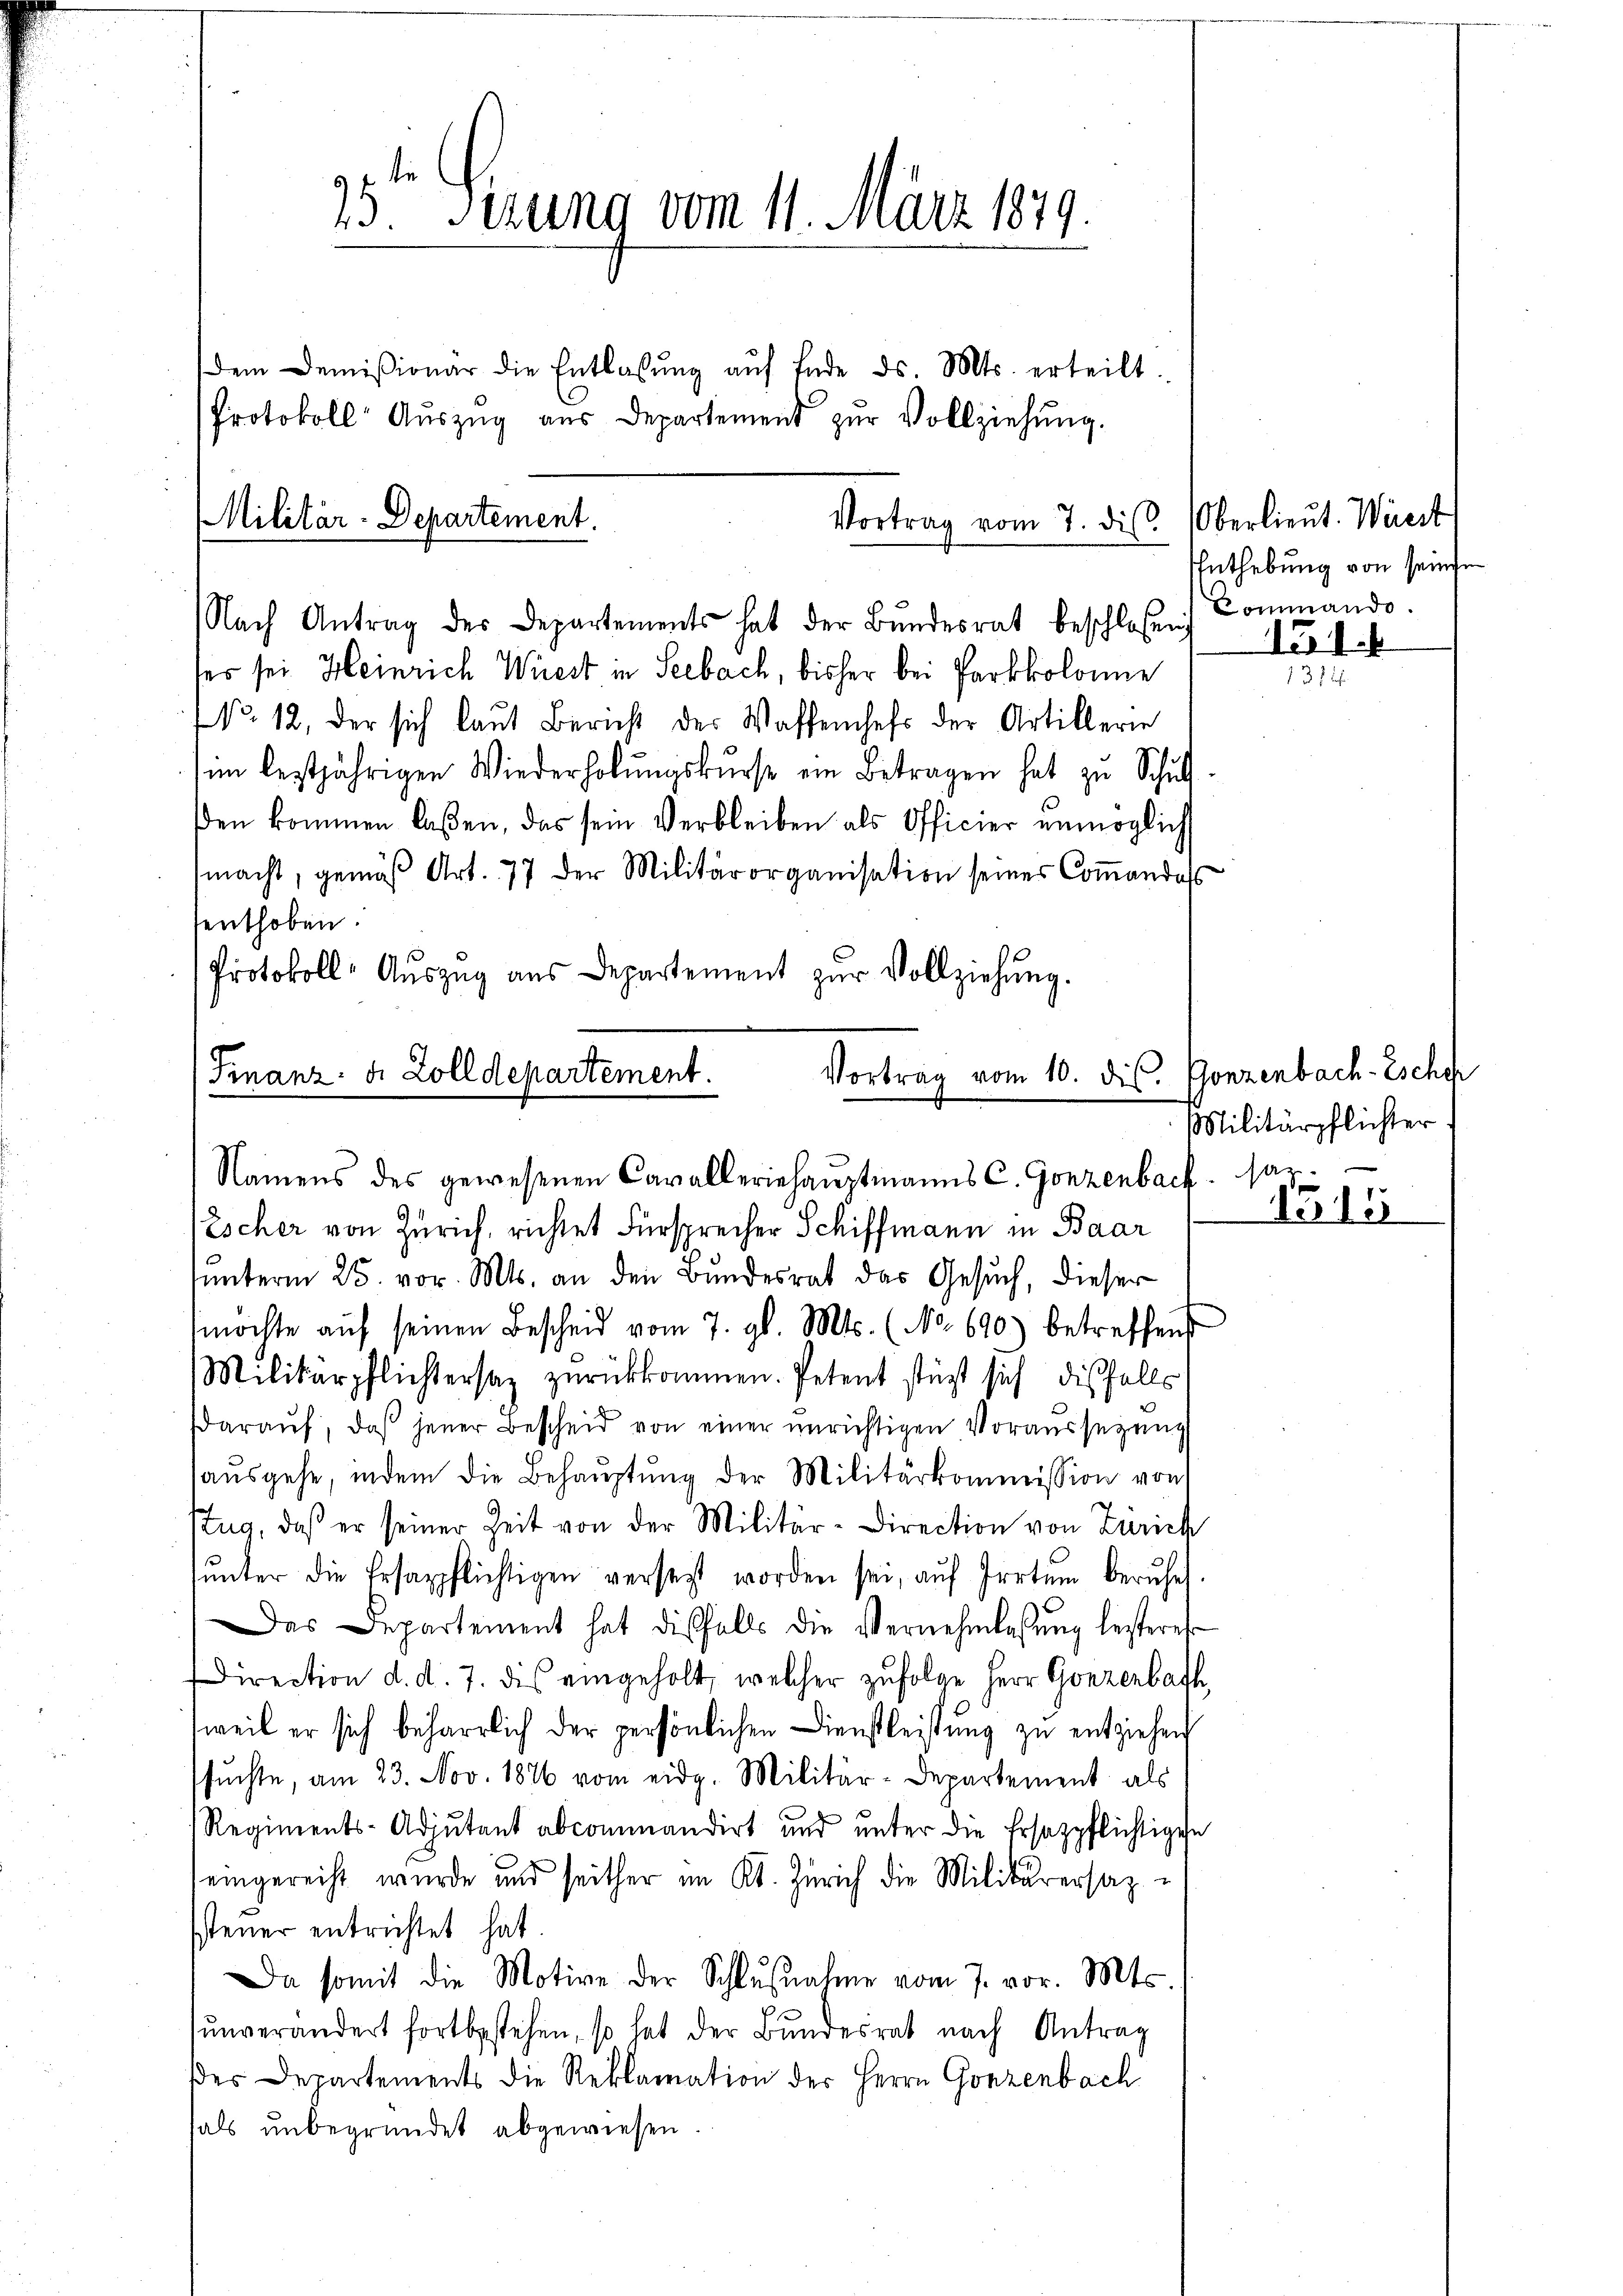
92 f
23. Sezung vom 11. März 1879.

Dem Demisionar die Entlassŭng aŭf Ende ds. Mts. erteilt.
Protokoll Aŭszŭg aŭs Departement zŭr Vollziehŭng.
Nach Antrag des Departements hat der Bŭndesrat beschlossen Commando
ses sei Heinrich Wüest in Seebach, bisher bei Parkkolonie
No. 12, der sich laut Bericht der Waffenhefs der Artillerie
im leztjährigen Wiederholŭngskŭrse ein Betragen hat zu Schŭl
ßen kommen laßen, das sein Verbleiben als Officier unmöglich
macht, gemäβ Art. 77 der Militärorganisation seines Coṁandass
senthoben.
Protokoll-Aŭszŭg aŭs Departement zŭr Vollziehung.

Militär-Departement.

Vortrag vom 7. ds. Oberlieŭt. Wärst

Vortrag vom 10. ds. Gonzenbach-Escheh
Finanz- u. Zolldepartement.
Namens des gewesenen Cavalleriehauptmanns C. Gonzenbach har¬

Escher von Zürich, richtet Fürsprecher Schiffmann in Baar
unterm 25. vor. Mts. an den Bundesrat das Gesuch, dieser
möchte aŭf seinen Bescheid vom 7. gl. Mts. (No. 690) betreffend
Militärpflichtersaz zurückkommen. Petent stützt sich diesfalls
daraŭf, daß jener Bescheid von einer unrichtigen Voraussetzung
aŭsgehe, indem die Behaŭptŭng der Militärkommission von
tug, daβ er seiner Zeit von der Militär-Direction von Zürich
ŭnter die Ersappflichtigen versetzt worden sei, aŭf Irrtum beruhe.
Das Departement hat diesfalls die Vernehmlassŭng besteres
Direction d. d. 7. dis eingeholt, welcher zŭfolge Herr Gonzenbach
weil er sich beharrlich der persönlichen Dienstleistung zu entziehen
sŭchte, am 23. Nov. 1876 vom eidg. Militär-Departement als
Regiments-Adjutant abcommandirt und unter die Ersatzpflichtigen
eingereicht wurde und seither im Kt. Zürich die Militärersazssteuer entrichtet hat
Da somit die Motive der Schlŭβnahme vom 7. vor. Mts.
unverändert fortbestehen, so hat der Bundesrat nach Antrag
es Departements die Reklamation der Herrn Gonzenbach
als unbegründet abgewiesen.

Enthebung von seine
151.

1374

Militärpflichter
1515